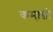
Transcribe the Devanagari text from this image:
कमा़डो